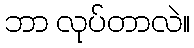
ဘာ လုပ်တာလဲ။